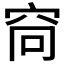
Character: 𫁋